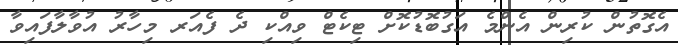
އެގޮތުން ކުރިން އެންމެ އަގުބޮޑުކޮށް ޓިކެޓް ވިއްކި ދެ ފެއަރ މިހާރު އުވާލާފައިވާ